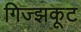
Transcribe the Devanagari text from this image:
गिज्झकूट